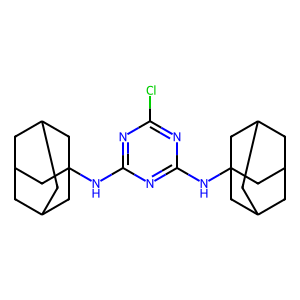
SMILES: Clc1nc(NC23CC4CC(CC(C4)C2)C3)nc(NC23CC4CC(CC(C4)C2)C3)n1
Inhibits HIV replication: No